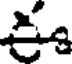
ఈ